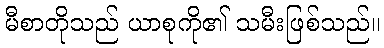
မီစာတိုသည် ယာစုကို၏ သမီးဖြစ်သည်။